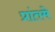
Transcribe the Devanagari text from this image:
प्रांतमे